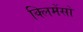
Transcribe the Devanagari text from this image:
क्लिमेंसो